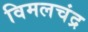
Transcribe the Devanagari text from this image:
विमलचंद्र